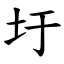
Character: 圩